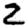
Digit: 2